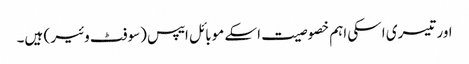
اور تیسری اسکی اہم خصوصیت اسکے موبائل ایپس (سوفٹ وئیر ) ہیں۔